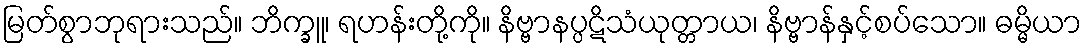
မြတ်စွာဘုရားသည်။ ဘိက္ခူ၊ ရဟန်းတို့ကို။ နိဗ္ဗာနပ္ပဋိသံယုတ္တာယ၊ နိဗ္ဗာန်နှင့်စပ်သော။ ဓမ္မိယာ